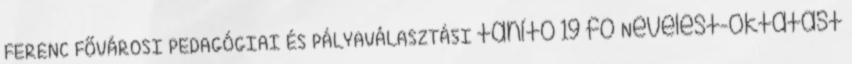
FERENC FŐVÁROSI PEDAGÓGIAI ÉS PÁLYAVÁLASZTÁSI tanító 19 fő Nevelést-oktatást